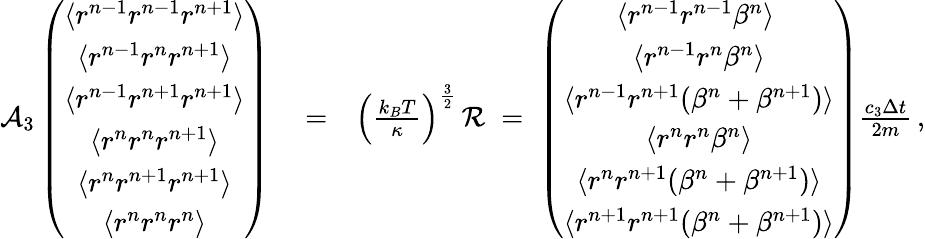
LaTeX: \begin{array}{rlr}{{\cal A}_{3}\left(\begin{array}{c}{\langle r^{n-1}r^{n-1}r^{n+1}\rangle}\\ {\langle r^{n-1}r^{n}r^{n+1}\rangle}\\ {\langle r^{n-1}r^{n+1}r^{n+1}\rangle}\\ {\langle r^{n}r^{n}r^{n+1}\rangle}\\ {\langle r^{n}r^{n+1}r^{n+1}\rangle}\\ {\langle r^{n}r^{n}r^{n}\rangle}\end{array}\right)}&{{}=}&{\left(\frac{k_{B}T}{\kappa}\right)^{\frac{3}{2}}\, {\cal R}\; =\; \left(\begin{array}{c}{\langle r^{n-1}r^{n-1}\beta^{n}\rangle\ }\\ {\langle r^{n-1}r^{n}\beta^{n}\rangle}\\ {\langle r^{n-1}r^{n+1}(\beta^{n}+\beta^{n+1})\rangle}\\ {\langle r^{n}r^{n}\beta^{n}\rangle}\\ {\langle r^{n}r^{n+1}(\beta^{n}+\beta^{n+1})\rangle}\\ {\langle r^{n+1}r^{n+1}(\beta^{n}+\beta^{n+1})\rangle}\end{array}\right)\frac{c_{3}\Delta{t}}{2m}\, ,}\end{array}